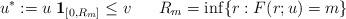
LaTeX: \begin{align*}u^* := u \;{\mathbf 1_{[0,R_m]}}\le v \;\;\;\;\;\; R_m = \inf\{ r: F(r;u) = m\} \end{align*}